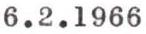
6.2.1966